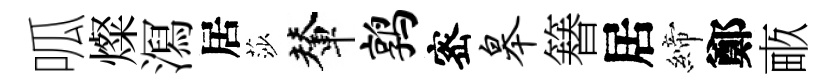
呱燦㵼居莎輦鹑宻皋簮居締鄭畞